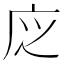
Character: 𢇭